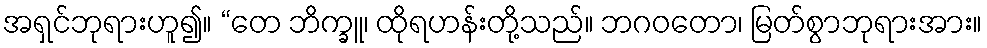
အရှင်ဘုရားဟူ၍။ “တေ ဘိက္ခူ၊ ထိုရဟန်းတို့သည်။ ဘဂဝတော၊ မြတ်စွာဘုရားအား။